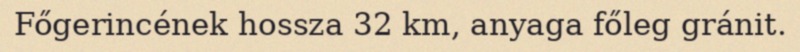
Főgerincének hossza 32 km, anyaga főleg gránit.